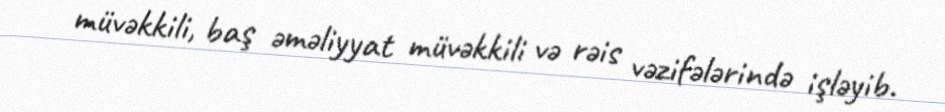
müvəkkili, baş əməliyyat müvəkkili və rəis vəzifələrində işləyib.